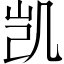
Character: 凯